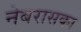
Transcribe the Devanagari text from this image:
नेबरासका